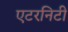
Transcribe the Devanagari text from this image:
एटरनिटी